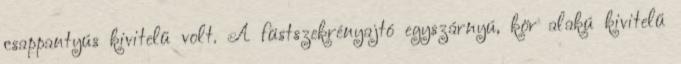
csappantyús kivitelű volt. A füstszekrényajtó egyszárnyú, kör alakú kivitelű